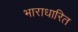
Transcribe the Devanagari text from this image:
भाराधारित